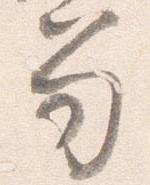
笏